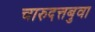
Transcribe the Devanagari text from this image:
चारुदत्तबुवा